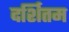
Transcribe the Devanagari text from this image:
दर्शितम